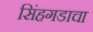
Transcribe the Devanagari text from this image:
सिंहगडाचा